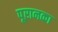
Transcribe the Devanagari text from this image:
पूरानका